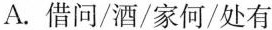
A.借问/酒/家何/处有